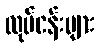
လုပ်ငန်းများ